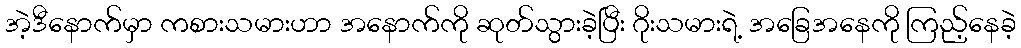
အဲ့ဒီနောက်မှာ ကစားသမားဟာ အနောက်ကို ဆုတ်သွားခဲ့ပြီး ဂိုးသမားရဲ့ အခြေအနေကို ကြည့်နေခဲ့